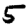
Digit: 5